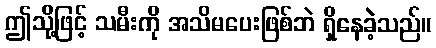
ဤသို့ဖြင့် သမီးကို အသိမပေးဖြစ်ဘဲ ရှိနေခဲ့သည်။